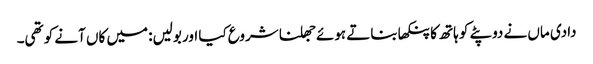
دادی ماں نے دوپٹے کو ہاتھ کا پنکھا بناتے ہوئے جھلنا شروع کیا اور بولیں: میں کاں آنے کو تھی۔